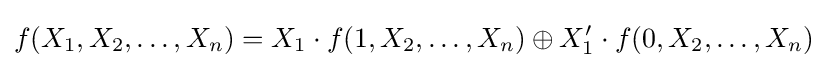
f(X_{1},X_{2},\dots ,X_{n})=X_{1}\cdot f(1,X_{2},\dots ,X_{n})\oplus X_{1}'\cdot f(0,X_{2},\dots ,X_{n})